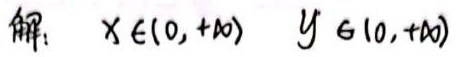
解：$x\in(0,+\infty)\ \ y\in(0,+\infty)$